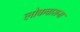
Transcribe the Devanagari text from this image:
लोकवासना